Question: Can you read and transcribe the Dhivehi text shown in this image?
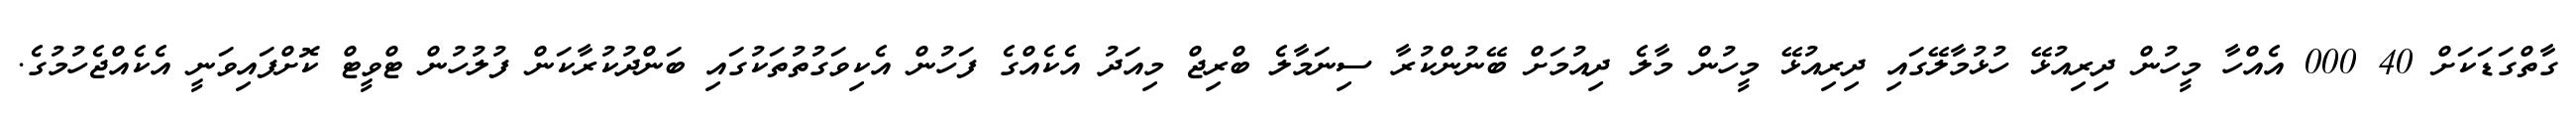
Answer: ގާތްގަޑަކަށް 40 000 އެއްހާ މީހުން ދިރިއުޅޭ ހުޅުމާލޭގައި ދިރިއުޅޭ މީހުން މާލެ ދިއުމަށް ބޭނުންކުރާ ސިނަމާލެ ބްރިޖް މިއަދު އެކެއްގެ ފަހުން އެކިވަގުތުތަކުގައި ބަންދުކުރާކަން ފުލުހުން ޓްވީޓް ކޮށްފައިވަނީ އެކެއްޖެހުމުގެ.